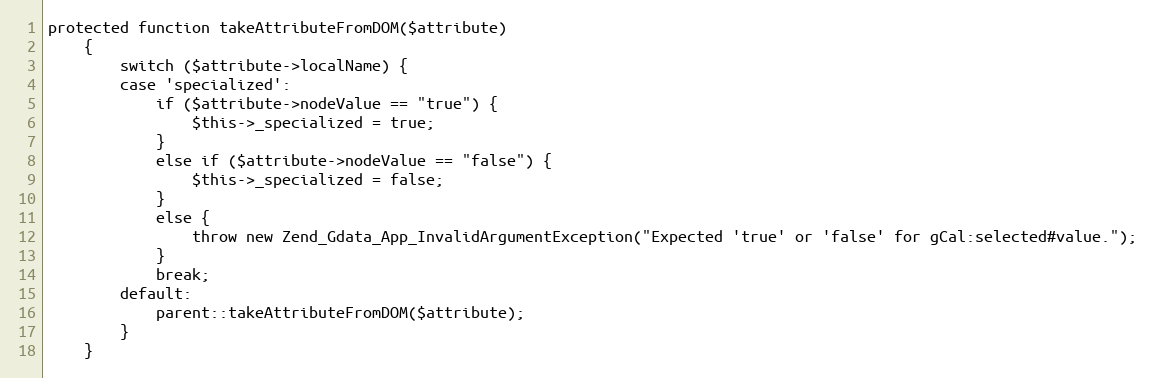
Language: PHP
protected function takeAttributeFromDOM($attribute)
    {
        switch ($attribute->localName) {
        case 'specialized':
            if ($attribute->nodeValue == "true") {
                $this->_specialized = true;
            }
            else if ($attribute->nodeValue == "false") {
                $this->_specialized = false;
            }
            else {
                throw new Zend_Gdata_App_InvalidArgumentException("Expected 'true' or 'false' for gCal:selected#value.");
            }
            break;
        default:
            parent::takeAttributeFromDOM($attribute);
        }
    }